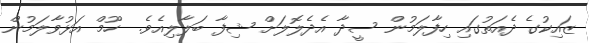
ޒައިކުގެ ދެއަތުގައި ހިފާލަމުން ސީދާ އެދެލޮލަށް ޝިފާ ބަލާލިއެވެ.  ހޫމް އަޅުވާލަމުން